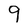
Character: 9